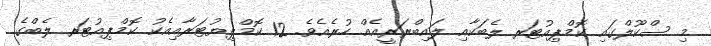
މި ސްކޫލްގައި ކޮމްޕިއުޓަރ ލެބަކާއި ލައިބްރަރީއެއް ހުރެއެވެ. 12 ކޮމްޕިޔުޓަރާއިއެކު ކޮމްޕިއުޓަރ ލެބްގެ